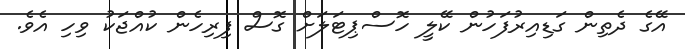
އޭގެ ދެތިން ގަޑިއިރުފަހުން ކޭލީ ހޮސްޕިޓަލަށް ގޮސް ފިރިހެން ކުއްޖަކު ވިހި އެވެ.